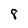
Character: 8